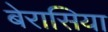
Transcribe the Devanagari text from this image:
बेरासिया